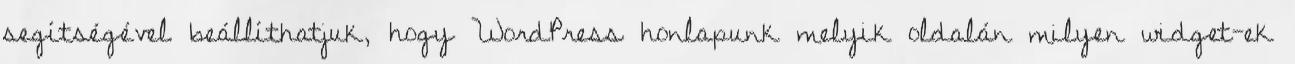
segítségével beállíthatjuk, hogy WordPress honlapunk melyik oldalán milyen widget-ek